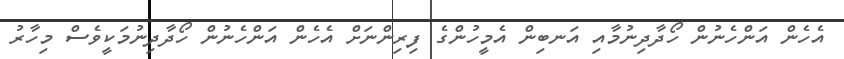
އެހެން އަންހެނުން ހޯދާދިނުމާއި އަނބިން އެމީހުންގެ ފިރިންނަށް އެހެން އަންހެނުން ހޯދާދިނުމަކީވެސް މިހާރު